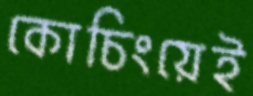
কোচিংয়েই